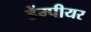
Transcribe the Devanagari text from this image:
डेंम्पीयर